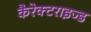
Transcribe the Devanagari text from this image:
कैरेक्टराइज्ड